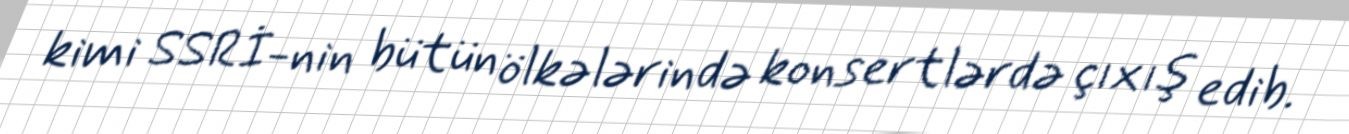
kimi SSRİ-nin bütün ölkələrində konsertlərdə çıxış edib.